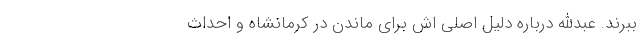
ببرند. عبدالله درباره دلیل اصلی اش برای ماندن در کرمانشاه و احداث